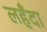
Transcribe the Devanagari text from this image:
लहँदा